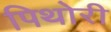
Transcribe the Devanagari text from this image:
पिथोरी